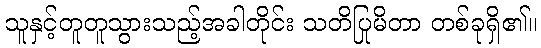
သူနှင့်တူတူသွားသည့်အခါတိုင်း သတိပြုမိတာ တစ်ခုရှိ၏။